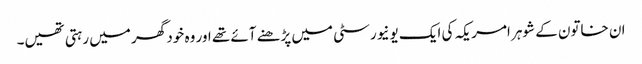
ان خاتون کے شوہر امریکہ کی ایک یونیورسٹی میں پڑھنے آئے تھے اور وہ خود گھر میں رہتی تھیں۔